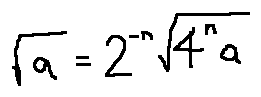
\sqrt { a } = 2 ^ { - n } \sqrt { 4 ^ { n } a }